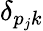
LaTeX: \delta_{p_{j}k}